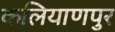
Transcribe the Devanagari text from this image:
कलियाणपुर